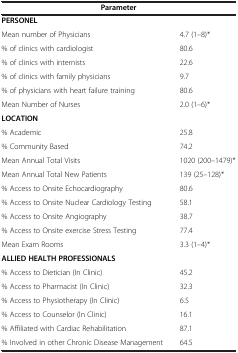
| <COLSPAN=2> Parameter |
 | --- | --- |
 | PERSONEL |  |
 | Mean number of Physicians | 4.7 (1–8)* |
 | % of clinics with cardiologist | 80.6 |
 | % of clinics with internists | 22.6 |
 | % of clinics with family physicians | 9.7 |
 | % of physicians with heart failure training | 80.6 |
 | Mean Number of Nurses | 2.0 (1–6)* |
 | <COLSPAN=2> LOCATION |
 | % Academic | 25.8 |
 | % Community Based | 74.2 |
 | Mean Annual Total Visits | 1020 (200–1479)* |
 | Mean Annual Total New Patients | 139 (25–128)* |
 | % Access to Onsite Echocardiography | 80.6 |
 | % Access to Onsite Nuclear Cardiology Testing | 58.1 |
 | % Access to Onsite Angiography | 38.7 |
 | % Access to Onsite exercise Stress Testing | 77.4 |
 | Mean Exam Rooms | 3.3 (1–4)* |
 | <COLSPAN=2> ALLIED HEALTH PROFESSIONALS |
 | % Access to Dietician (In Clinic) | 45.2 |
 | % Access to Pharmacist (In Clinic) | 32.3 |
 | % Access to Physiotherapy (In Clinic) | 6.5 |
 | % Access to Counselor (In Clinic) | 16.1 |
 | % Affiliated with Cardiac Rehabilitation | 87.1 |
 | % Involved in other Chronic Disease Management | 64.5 |